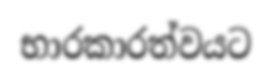
භාරකාරත්වයට